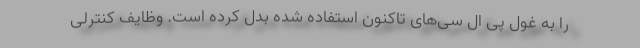
را به غول پی ال سی‌­های تاکنون استفاده شده بدل کرده است. وظایف کنترلی